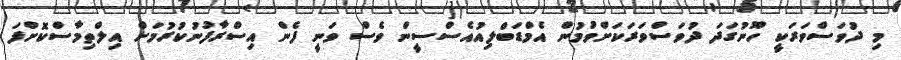
މި ދުވަސްވަރަކީ ހޫނުގަދަ ދުވަސްވަރަކަށްވުމުން އެމްޑަބްލިއުއެސްސީން ވެސް ވަނީ ފެން އިސްރާފުނުކުރުމަށް އިލްތިމާސްކޮށްފަ